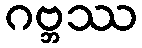
ဂဗ္ဘဿ